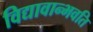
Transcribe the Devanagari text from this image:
विद्यावान्भवति